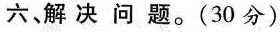
六、解决问题。(30分)